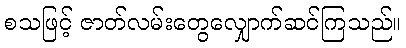
စသဖြင့် ဇာတ်လမ်းတွေလျှောက်ဆင်ကြသည်။